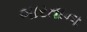
ભારતાના